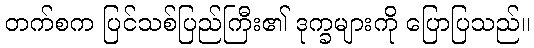
တက်စက ပြင်သစ်ပြည်ကြီး၏ ဒုက္ခများကို ပြောပြသည်။